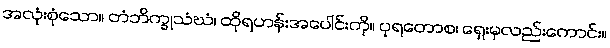
အလုံးစုံသော။ တံဘိက္ခုသံဃံ၊ ထိုရဟန်းအပေါင်းကို။ ပုရတောစ၊ ရှေးမှလည်းကောင်း။